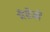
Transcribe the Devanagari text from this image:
मैसेजों